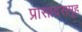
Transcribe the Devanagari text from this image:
प्रासादसमूह